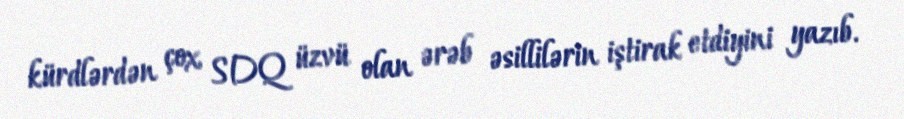
kürdlərdən çox SDQ üzvü olan ərəb əsillilərin iştirak etdiyini yazıb.